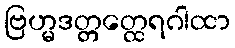
ဗြဟ္မဒတ္တတ္ထေရဂါထာ